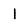
Character: l